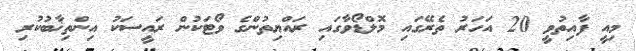
މިއީ ފާއިތުވީ 20 އަހަރު ތެރޭގައި މޮލްޑޯވާގައި ރައްޔިތުންގެ ވޯޓަކުން ރައީސަކު އިންތިޚާބުކުރި